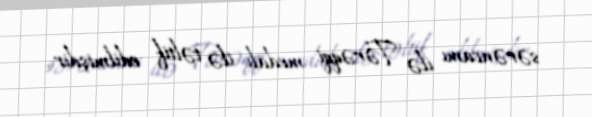
sərəncamı ilə Tərəqqi medalı ilə təltif edilmişdir.